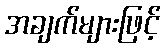
အချက်များဖြင့်